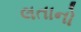
લતાનો